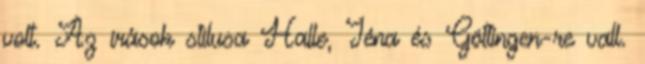
volt. Az írások stílusa Halle, Jéna és Göttingen-re vall.